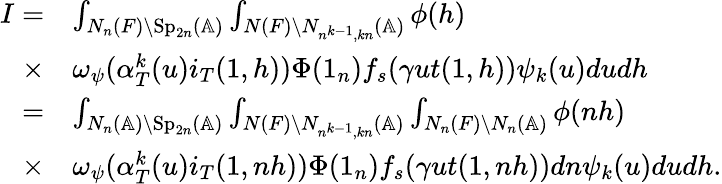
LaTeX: \begin{array}{rl}{I=}&{\int_{N_{n}(F)\backslash\mathrm{Sp}_{2n}(\mathbb{A})}\int_{N(F)\backslash N_{n^{k-1},kn}(\mathbb{A})}\phi(h)}\\ {\times}&{\omega_{\psi}(\alpha_{T}^{k}(u)i_{T}(1,h))\Phi(1_{n})f_{s}(\gamma ut(1,h))\psi_{k}(u)dudh}\\ {=}&{\int_{N_{n}(\mathbb{A})\backslash\mathrm{Sp}_{2n}(\mathbb{A})}\int_{N(F)\backslash N_{n^{k-1},kn}(\mathbb{A})}\int_{N_{n}(F)\backslash N_{n}(\mathbb{A})}\phi(nh)}\\ {\times}&{\omega_{\psi}(\alpha_{T}^{k}(u)i_{T}(1,nh))\Phi(1_{n})f_{s}(\gamma ut(1,nh))dn\psi_{k}(u)dudh.}\end{array}